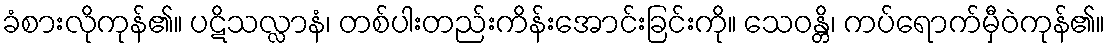
ခံစားလိုကုန်၏။ ပဋိသလ္လာနံ၊ တစ်ပါးတည်းကိန်းအောင်းခြင်းကို။ သေဝန္တိ၊ ကပ်ရောက်မှီဝဲကုန်၏။